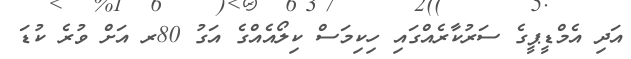
އަދި އެމްޑީޕީގެ ސަރުކާރެއްގައި ހިކިމަސް ކިލޯއެއްގެ އަގު 80ރ އަށް ވުރެ ކުޑަ